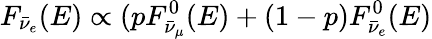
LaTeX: F_{\bar{\nu}_{e}}(E)\propto(pF_{\bar{\nu}_{\mu}}^{0}(E)+(1-p)F_{\bar{\nu}_{e}}^{0}(E)